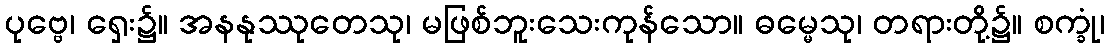
ပုဗ္ဗေ၊ ရှေး၌။ အနနုဿုတေသု၊ မဖြစ်ဘူးသေးကုန်သော။ ဓမ္မေသု၊ တရားတို့၌။ စက္ခုံ၊